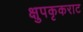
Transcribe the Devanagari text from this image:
क्षुपकृकराट